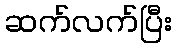
ဆက်လက်ပြီး